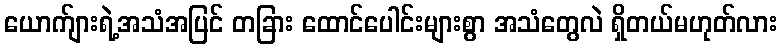
ယောက်ျားရဲ့အသံအပြင် တခြား ထောင်ပေါင်းများစွာ အသံတွေလဲ ရှိတယ်မဟုတ်လား